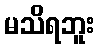
မသိရဘူး